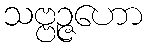
သဗ္ဗဉ္ဇဟော